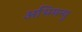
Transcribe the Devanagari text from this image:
अभिमन्‍यु